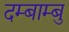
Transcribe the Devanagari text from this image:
दम्बाम्बु